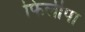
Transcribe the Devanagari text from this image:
फिलीपा